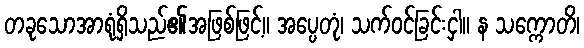
တခုသောအာရုံရှိသည်၏အဖြစ်ဖြင့်။ အပ္ပေတုံ၊ သက်ဝင်ခြင်းငှါ။ န သက္ကောတိ၊